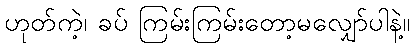
ဟုတ်ကဲ့၊ ခပ် ကြမ်းကြမ်းတော့မလျှော်ပါနဲ့။